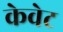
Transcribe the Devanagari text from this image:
केवेट